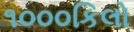
૧૦૦૦કિલો